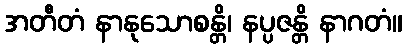
အတီတံ နာနုသောစန္တိ၊ နပ္ပဇန္တိ နာဂတံ။